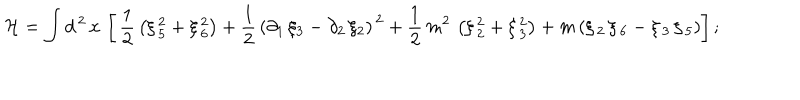
\mathcal { H } = \int d ^ { \, 2 } \, x \, \left[ \, \frac { 1 } { 2 } \, \left( \xi \, _ { 5 } ^ { 2 } + \xi \, _ { 6 } ^ { 2 } \right) + \frac { 1 } { 2 } \, \left( \partial _ { 1 } \, \xi _ { 3 } - \partial _ { 2 } \, \xi _ { 2 } \right) ^ { \, 2 } + \frac { 1 } { 2 } \, m ^ { 2 } \, \left( \xi \, _ { 2 } ^ { 2 } + \xi \, _ { 3 } ^ { 2 } \right) + m \left( \xi \, _ { 2 } \, \xi \, _ { 6 } - \xi \, _ { 3 } \, \xi \, _ { 5 } \right) \right] ;